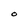
Character: O